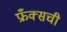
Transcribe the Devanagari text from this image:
फ्रँक्सची